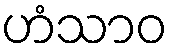
ဟံသာဝ